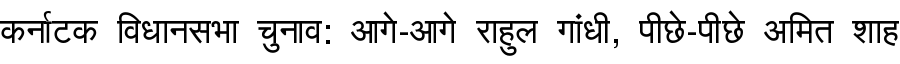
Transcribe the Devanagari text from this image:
कर्नाटक विधानसभा चुनाव: आगे-आगे राहुल गांधी, पीछे-पीछे अमित शाह